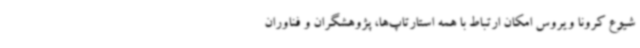
شیوع کرونا ویروس امکان ارتباط با همه استارتاپ‌ها، پژوهشگران و فناوران